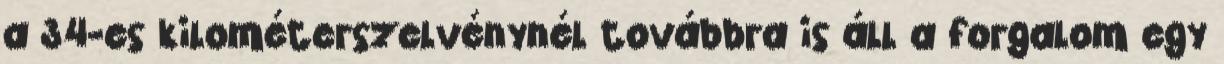
a 34-es kilométerszelvénynél továbbra is áll a forgalom egy